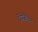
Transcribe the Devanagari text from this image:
रिप्रेज़ेंटेशन